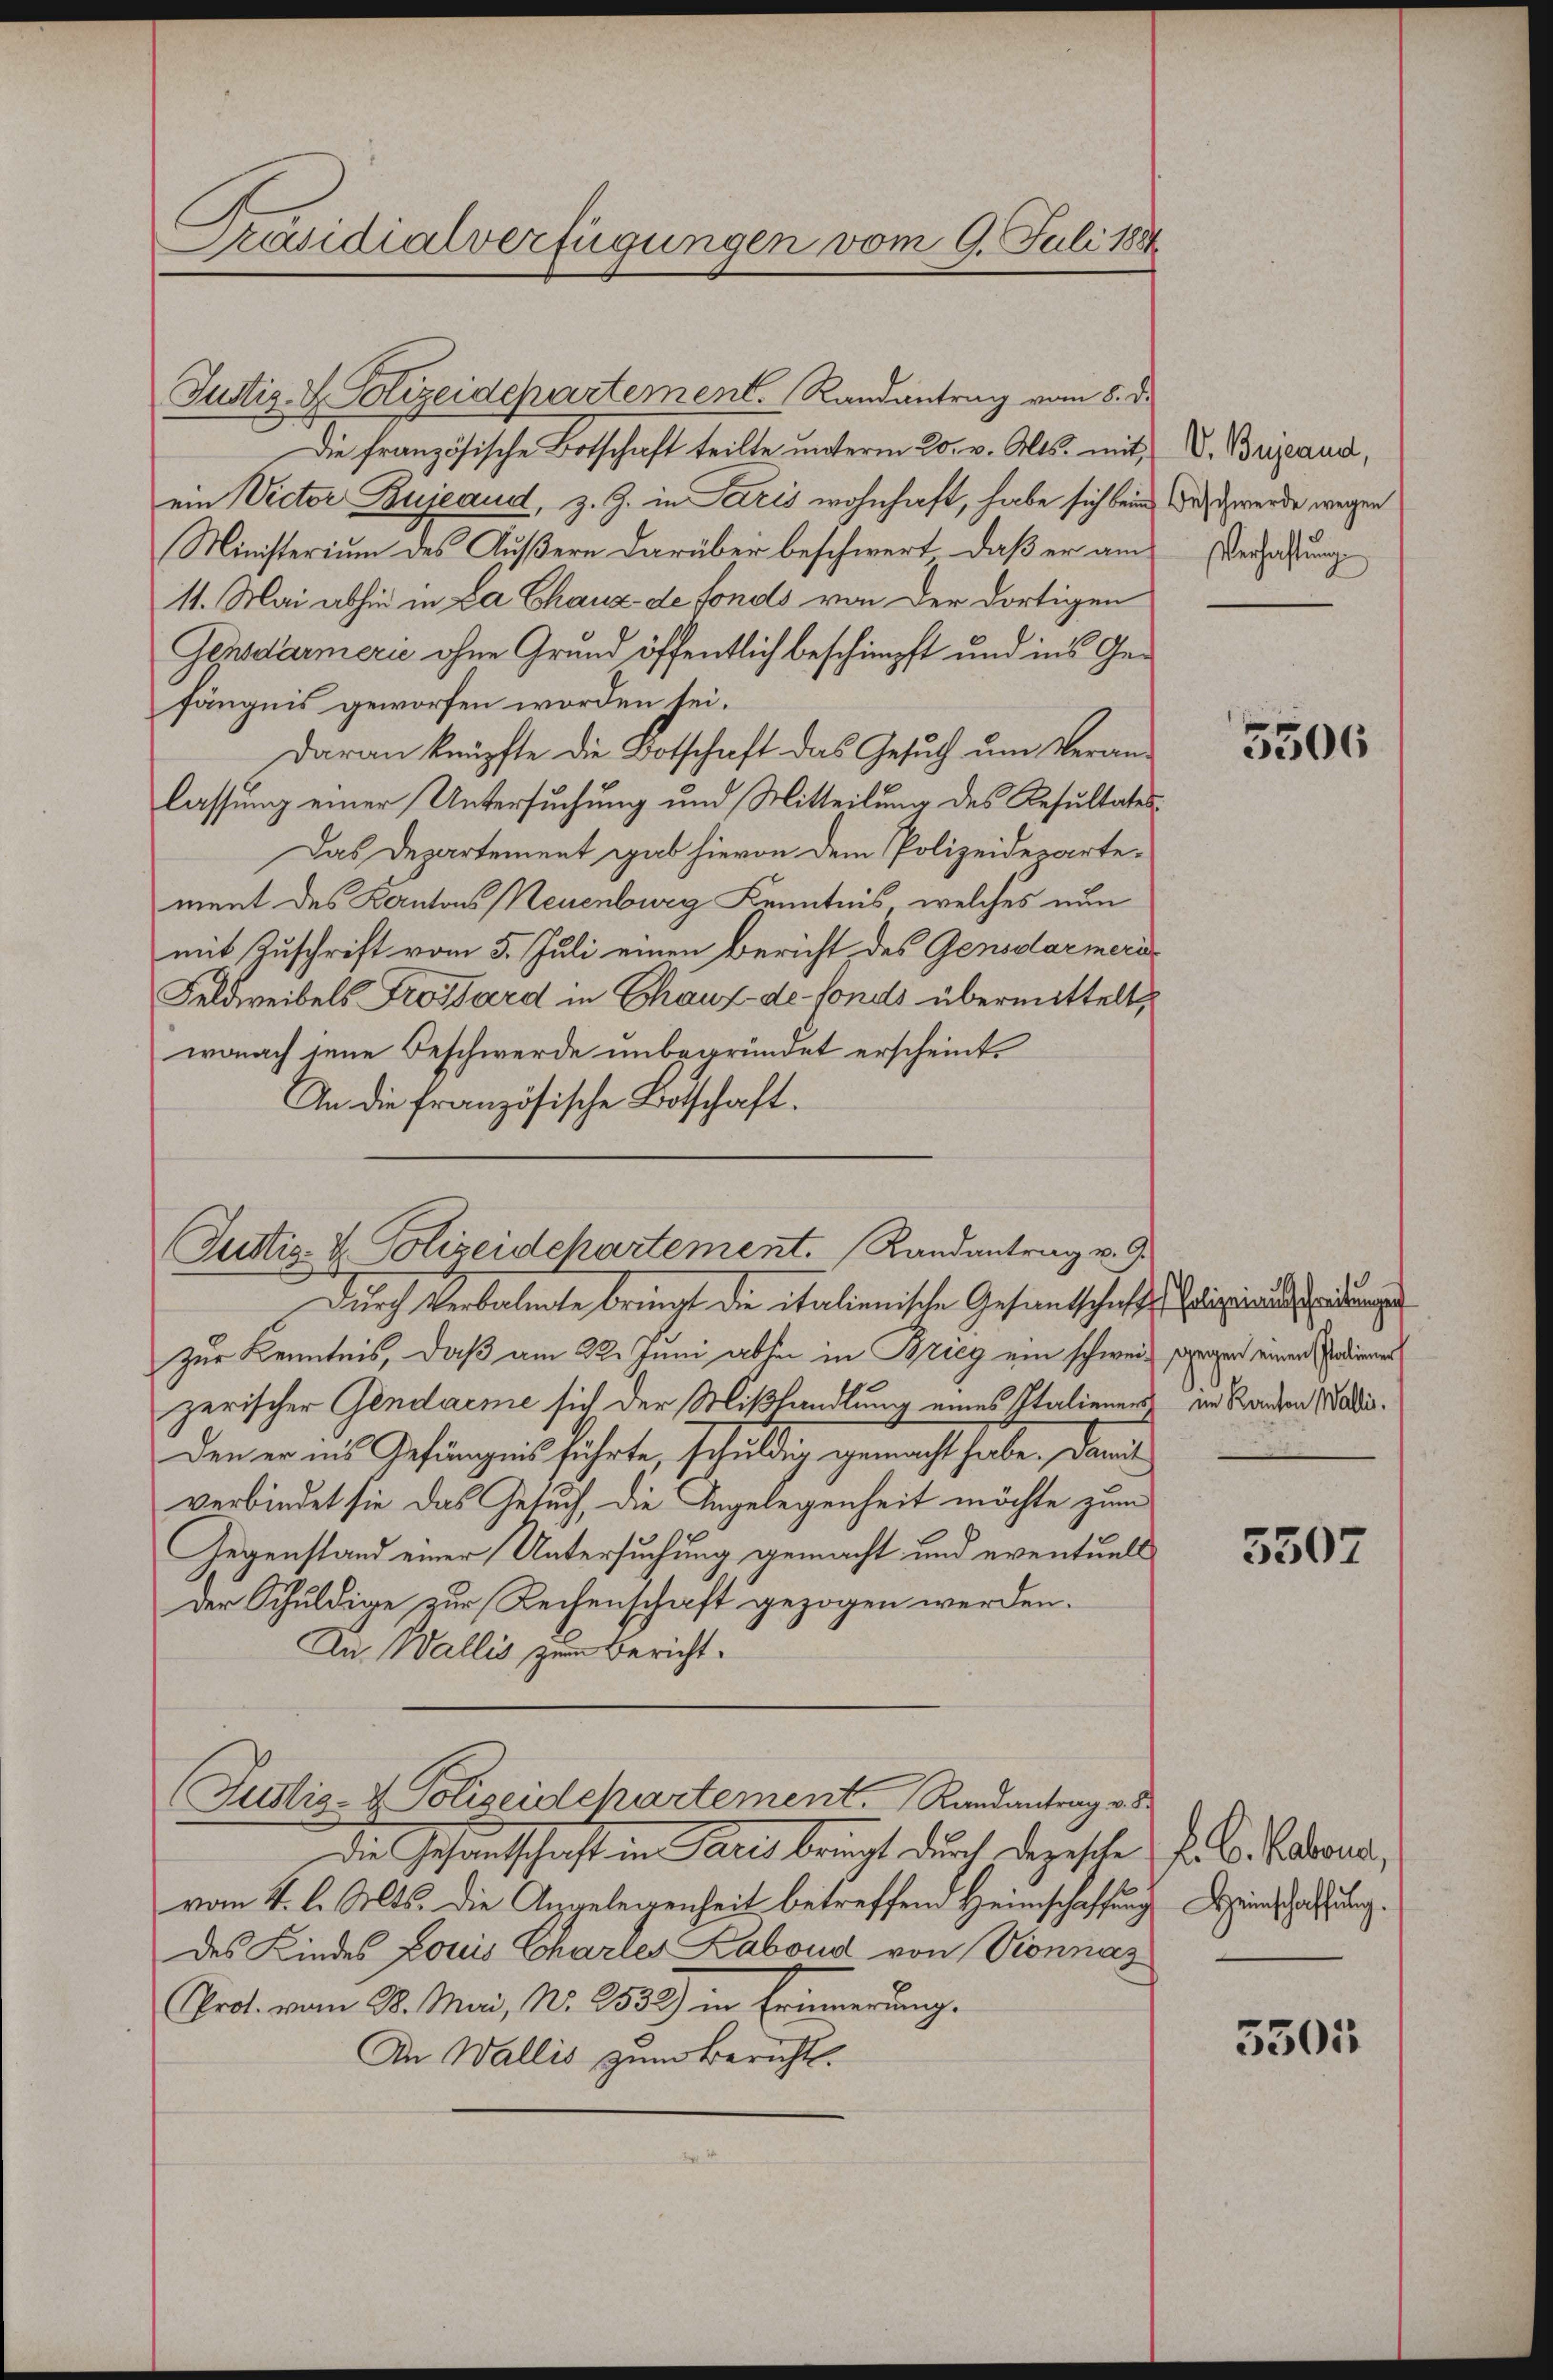
Präsidialverfügungen vom 9. Juli 1884

Justiz- & Polizeidepartement. Randantrag vom 8. d.
Die französische Botschaft teilte unterm 20. v. Mts. mit,
ein Victor Bujeaud, z. Z. in Paris wohnhaft, habe sich beim alt werde wegen
Ministerium des Äußern darüber beschwert, daß er am
11. Mai abhin in La Chaux de fonds von der dortigen
Gensdarmerić ohne Grund öffentlich beschimpft und ins Gefängnis geworfen worden sei.
Daran knüpfte die Botschaft das Gesuch um Veran-
lassung einer Untersuchung und Mitteilung des Resultates
Das Departement gab hievon dem Polizeidepartement des Kantons Neuenburg Kenntnis, welches nun
mit Zuschrift vom 5. Juli einen Bericht des Gensdarmeri
Feldweibels Grossard in Chaux-de-Fonds übermittelt,
wonach jene Beschwerde unbegründet erscheint.
An die französische Botschaft.

Justiz- & Polizeidchartement. Randantrag v. 9.

Durch Verbalente bringt die italienische Gesandtschaftes bis d
zur Kenntnis, daß am 22. Juni absen in Brieg ein schweiz sagen einen Podienen
zerischer Gendarme sich der Mißhandlung eines Italieners in Randen Natuden er ins Gefängnis führte, schuldig gemacht habe, dami
verbindet sie das Gesuch, die Angelegenheit möchte zum
Gegenstand einer Untersuchung gemacht und eventuell
der Schuldige zur Rechenschaft gezogen werden.
Au, Wallis zum Bericht.
Justiz- & Polizeidchartement. Randantrag v. 3
die Schantschaft in Paris bringt durch depesche Fr. l. Badena,
vom 4. l. Mts. die Angelegenheit betreffend Heimschaffung einschaftung.
des Kindes Louis Charles Labond von Vionnaz
Prot. vom 28. Mai, Nr. 2533) in Erinnerung.
An Wallis zum Bericht.

V. Bujeand,
Verhaftung

5506

5507

3301